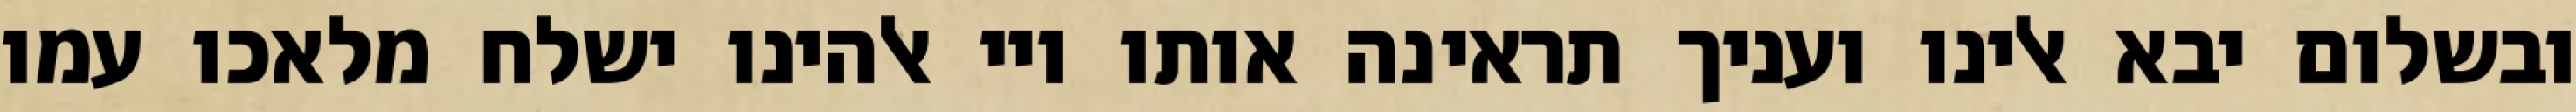
ובשלום יבא אלינו ועניך תראינה אותו ויי אלהינו ישלח מלאכו עמו